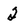
Character: 2